NAE_ERA_R-2362_Emakeele_Selts, lk 54
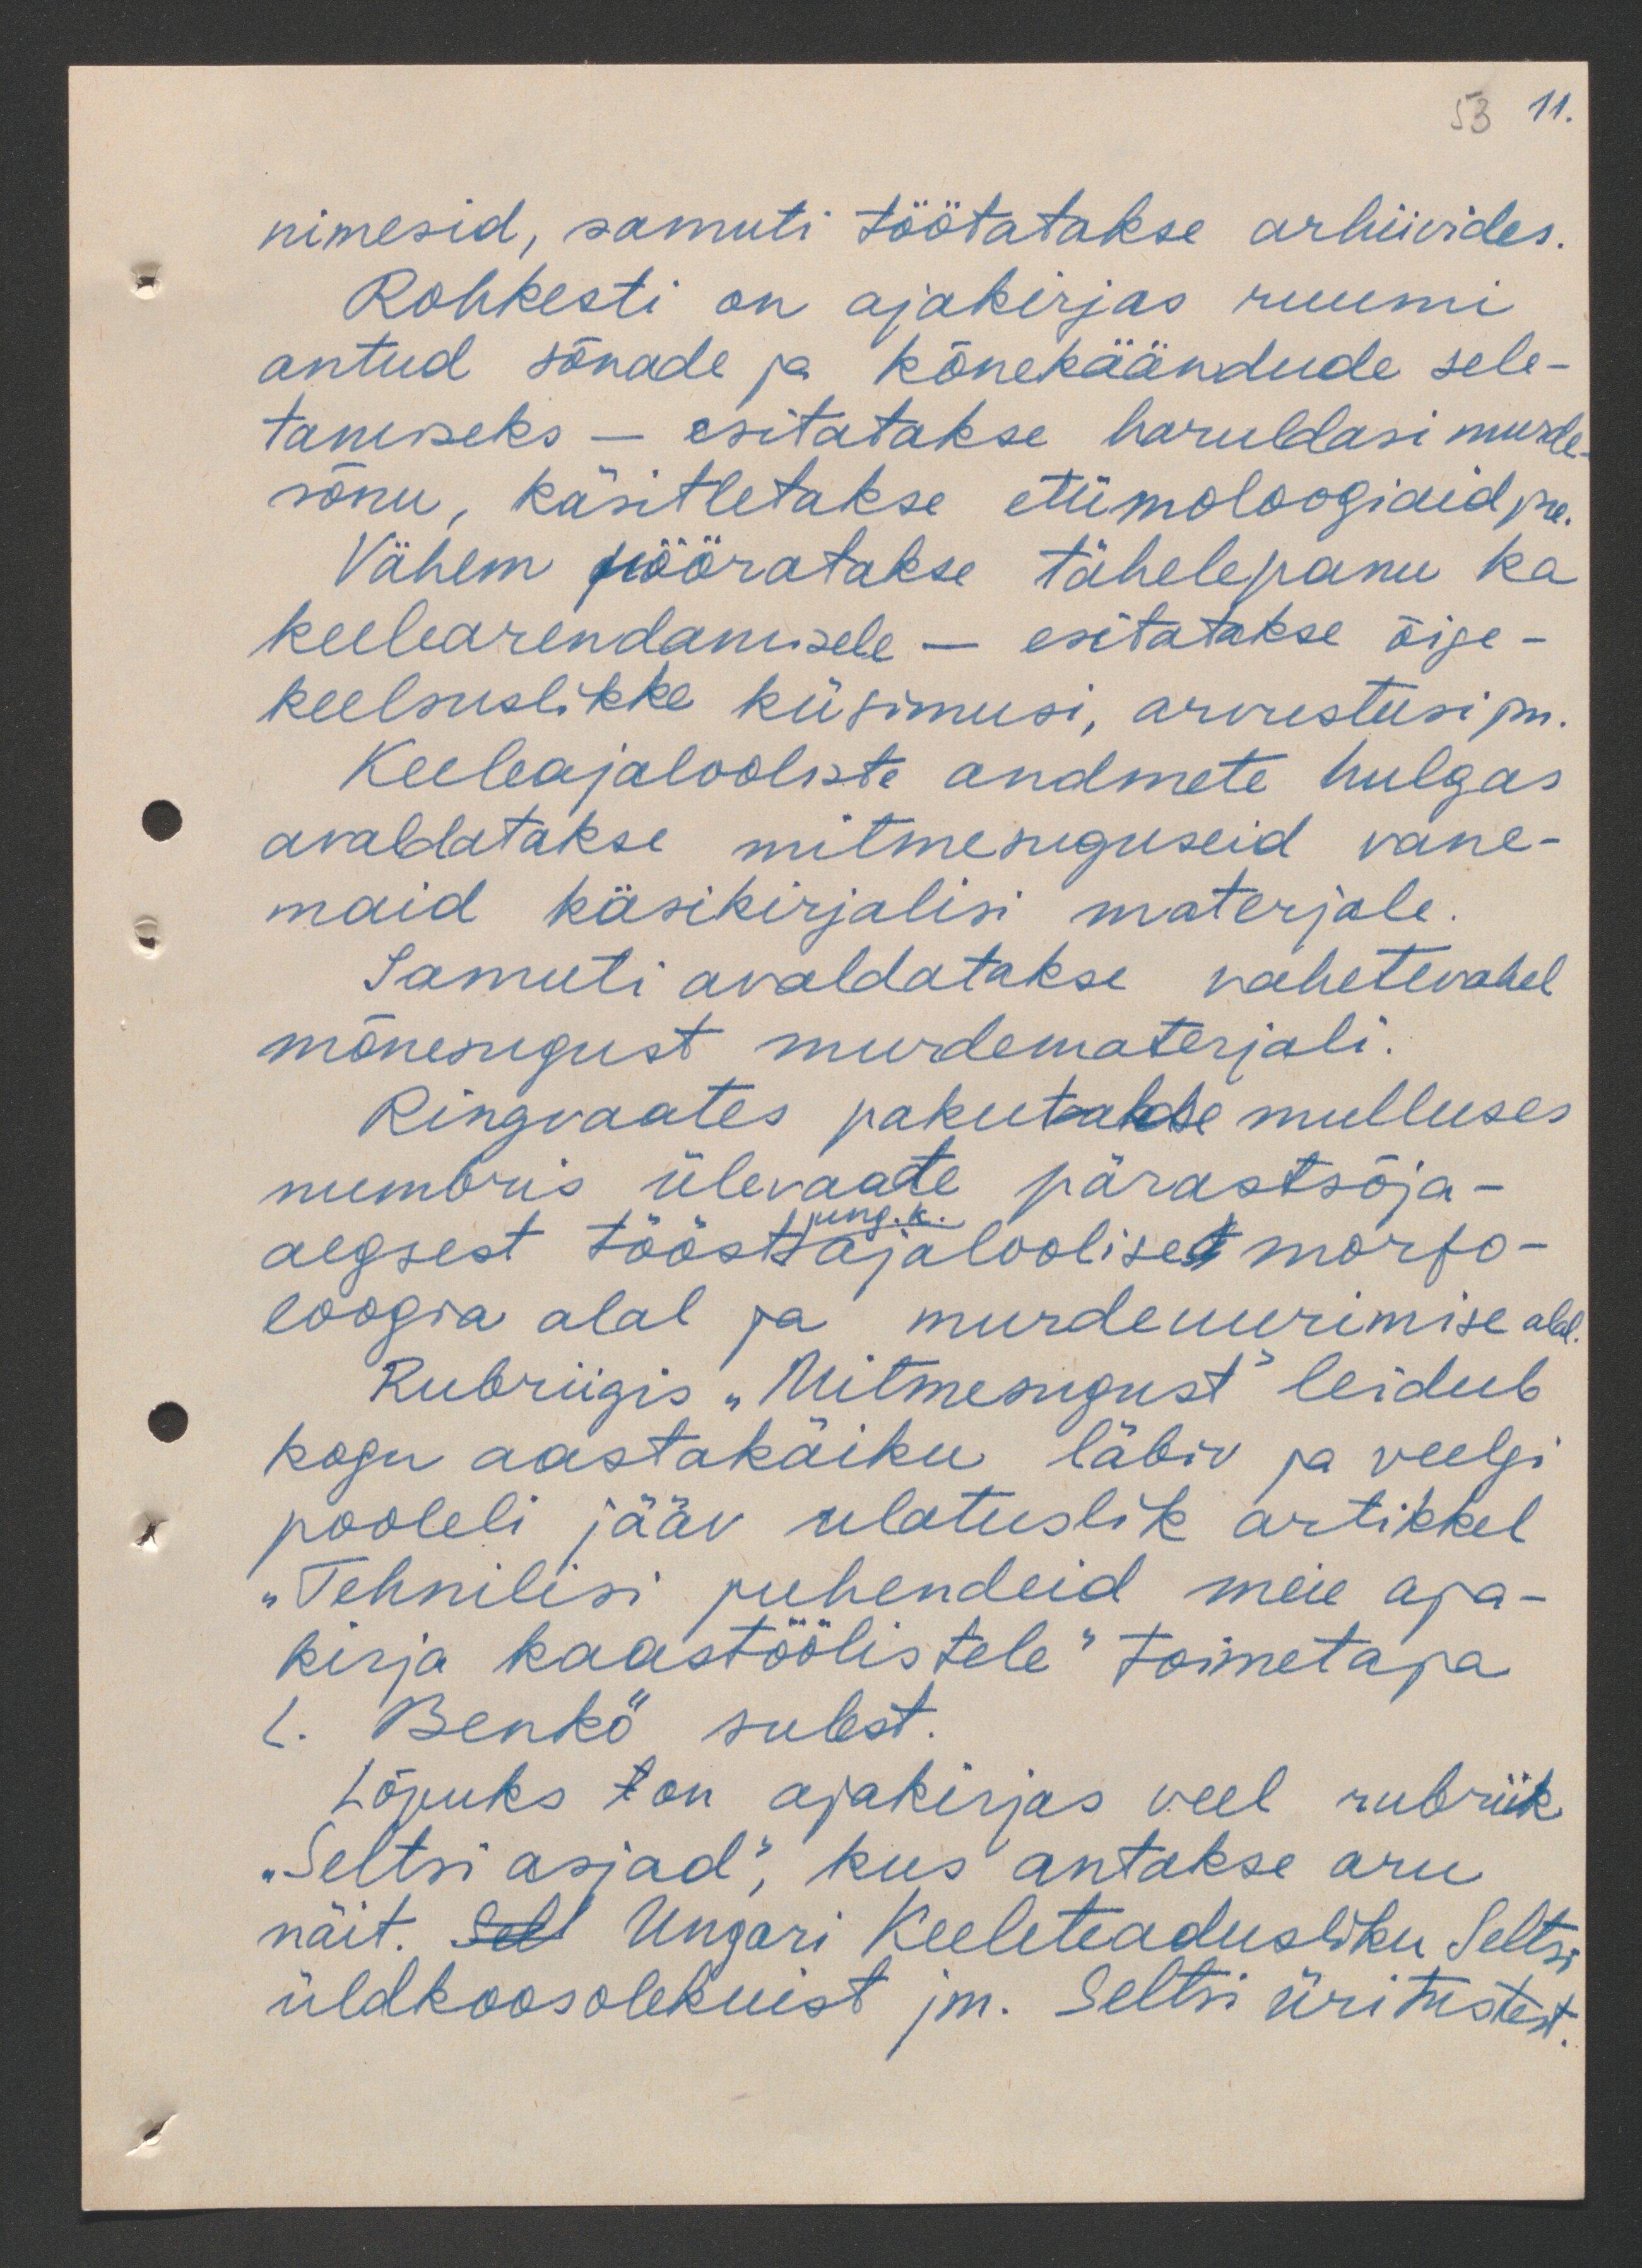
53 11.

nimesid, samuti töötatakse arhiivides.
Rohkesti on ajakirjas ruumi
antud sõnade ja kõnekäändude sele-
tamiseks - esitatakse haruldasi murde
sõnu, käsitletakse etümoloogiaid jne
Vähem pööratakse tähelepanu ka
keelearendamisele - esitatakse õige-
keelsuslikke küsimusi, arvustusi jm
Keeleajalooliste andmete hulgas
avaldatakse mitmesuguseid vane
maid käsikirjalisi materjale.
samuti avaldatakse vahetevahel
mõnesugust murdematerjali.
Ringvaates pakutakse mulluses
numbris ülevaate pärastsõja-
aegsest tööst ajaloolise morfo-
ung. k.
loogia alal ja murdeuurimise alal.
Rubriigis "Mitmesugust" leidub
kogu aastakäiku läbiv ja veelgi
pooleli jääv ulatuslik artikkel
„Tehnilisi juhendeid meie aja-
kirja kaastöölistele“ toimetaja
L. Benkö sulest.
Lõpuks on ajakirjas veel rubriik
"Seltsi asjad", kus antakse aru,
näit. Ungari Keeleteadusliku Seltsi
üldkoosolekuist jm. Seltsi üritustest